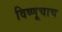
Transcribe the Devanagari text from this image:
विष्णूचाच